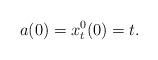
LaTeX: \begin{align*}a(0)=x_t^0(0)=t.\end{align*}